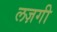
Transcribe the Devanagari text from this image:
लज़गी